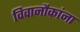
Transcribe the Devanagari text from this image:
विवानौकांना